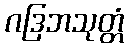
ဂဒြဘသုတ္တံ